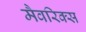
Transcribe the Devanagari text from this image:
मैवरिक्स